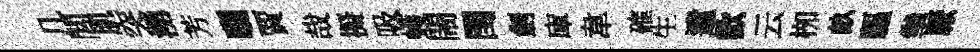
几閭肌突湧芳曬賈哉擬吸蠖閙閏劍庫韋確生遣歡云栁畝驅拳厭